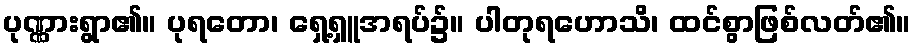
ပုဏ္ဏားရွာ၏။ ပုရတော၊ ရှေ့ရှူအရပ်၌။ ပါတုရဟောသိ၊ ထင်စွာဖြစ်လတ်၏။